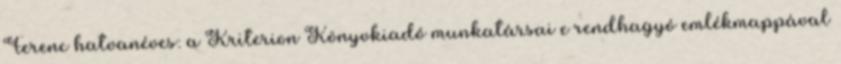
Ferenc hatvanéves: a Kriterion Könyvkiadó munkatársai e rendhagyó emlékmappával